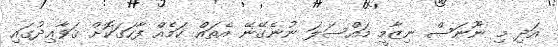
އަދި މި ނޫނަސް ނިޒާމީ މައްސަލަ ނުނެގޭނޭ އެތައް ކަމެއް ފާހަގަކޮށް ޤަވާޢިދުގައި